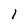
Character: l